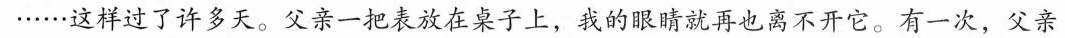
……这样过了许多天。父亲一把表放在桌子上，我的眼睛就再也离不开它。有一次，父亲